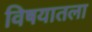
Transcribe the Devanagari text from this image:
विषयातला